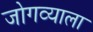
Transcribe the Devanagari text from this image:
जोगव्याला